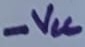
Text: -VCC